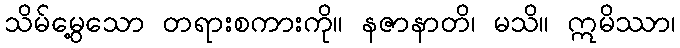
သိမ်မွေ့သော တရားစကားကို။ နဇာနာတိ၊ မသိ။ ဣမိဿာ၊